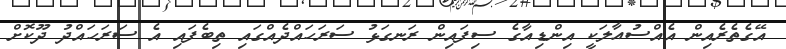
އޭގެތެރެއިން އެއްސުއާލަކީ އިންޑިއާގެ ސިފައިން ރަނގަޅު ސަރަހައްދެއްގައި ތިބެފައި އެ ސަރަހައްދު ދޫކޮށް